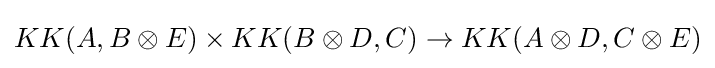
KK(A,B\otimes E)\times KK(B\otimes D,C)\to KK(A\otimes D,C\otimes E)